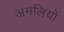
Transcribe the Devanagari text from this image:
अमलियों